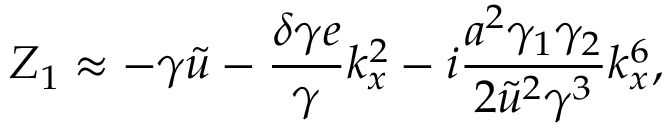
Z _ { 1 } \approx - \gamma \tilde { u } - \frac { \delta \gamma e } { \gamma } k _ { x } ^ { 2 } - i \frac { a ^ { 2 } \gamma _ { 1 } \gamma _ { 2 } } { 2 \tilde { u } ^ { 2 } \gamma ^ { 3 } } k _ { x } ^ { 6 } ,